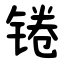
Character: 锩